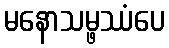
မနောသမ္ဖဿံပေ